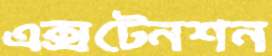
এক্সটেনশন